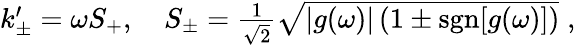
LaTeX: \begin{array}{r}{k_{\pm}^{\prime}=\omega S_{+},\quad S_{\pm}=\frac{1}{\sqrt{2}}\sqrt{|g(\omega)|\left(1\pm\mathrm{sgn}[g(\omega)]\right)}\; ,}\end{array}